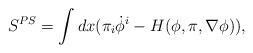
LaTeX: \begin{align*}S^{PS} = \int dx(\pi_i \dot{\phi}^i - H(\phi, \pi, \nabla \phi)),\end{align*}